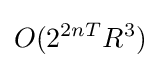
O(2^{2nT}R^{3})